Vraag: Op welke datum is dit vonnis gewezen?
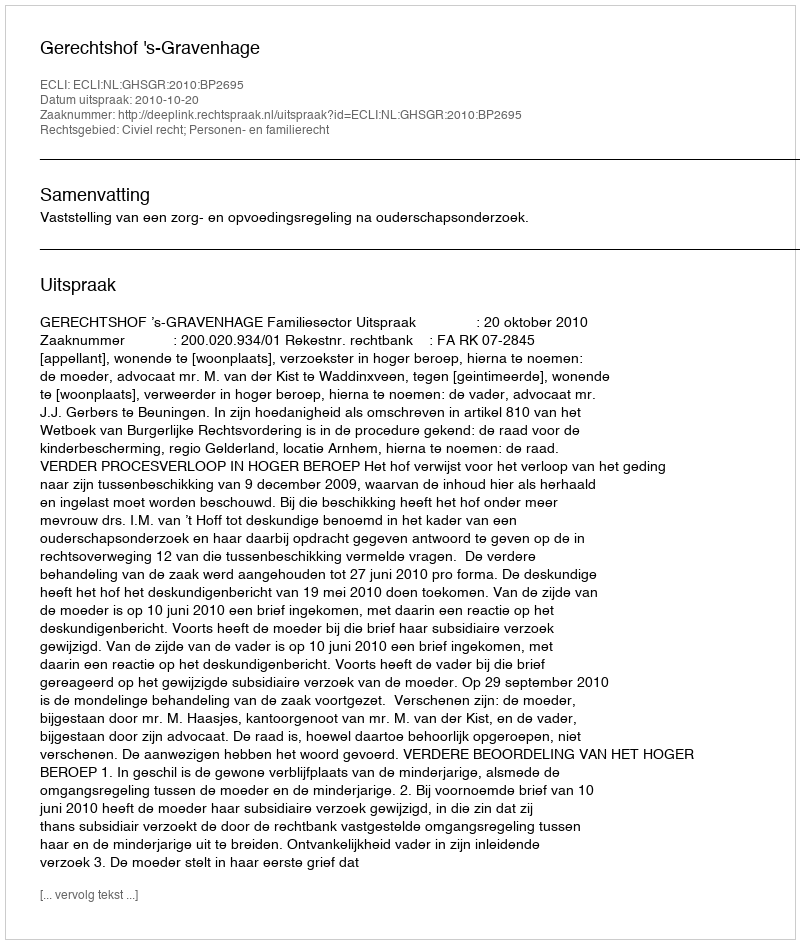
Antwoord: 2010-10-20